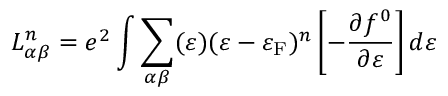
L _ { \alpha \beta } ^ { n } = e ^ { 2 } \int \sum _ { \alpha \beta } ( \varepsilon ) ( \varepsilon - \varepsilon _ { \mathrm { F } } ) ^ { n } \left[ - \frac { \partial f ^ { 0 } } { \partial \varepsilon } \right] d \varepsilon